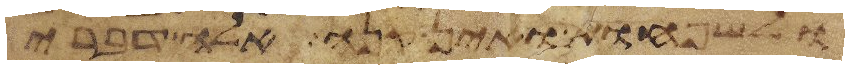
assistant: ולשפחות ואין קנה אלה דברי